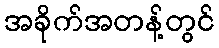
အခိုက်အတန့်တွင်